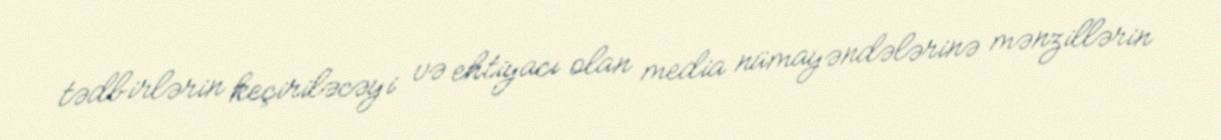
tədbirlərin keçiriləcəyi və ehtiyacı olan media nümayəndələrinə mənzillərin